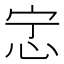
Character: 𫹿